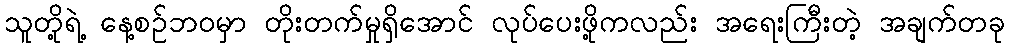
သူတို့ရဲ့ နေ့စဉ်ဘဝမှာ တိုးတက်မှုရှိအောင် လုပ်ပေးဖို့ကလည်း အရေးကြီးတဲ့ အချက်တခု